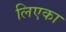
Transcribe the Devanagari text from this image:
लिएका